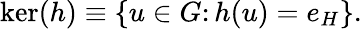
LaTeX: \ker(h)\equiv\left\{ u\in G\colon h(u)=e_{H}\right\} .